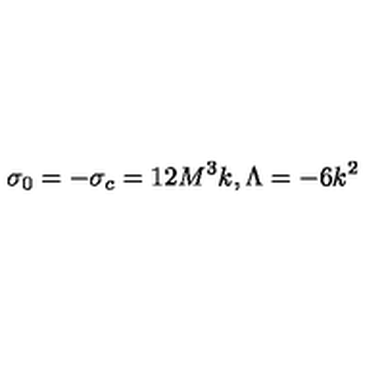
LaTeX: \sigma _ { 0 } = - \sigma _ { c } = 1 2 M ^ { 3 } k , \Lambda = - 6 k ^ { 2 }